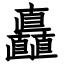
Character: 矗